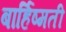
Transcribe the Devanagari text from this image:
बार्हिष्मती